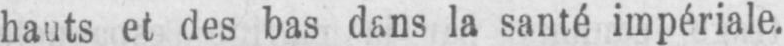
hauts et des bas dans la santé impériale.